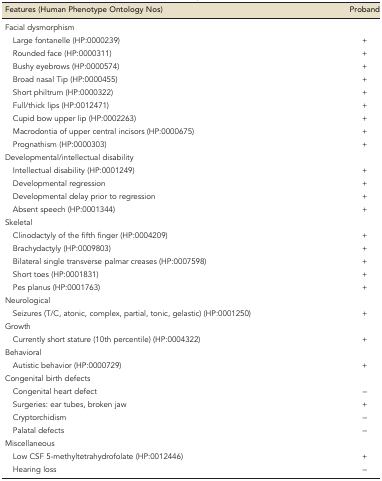
<table><thead><tr><td><b>Features (Human Phenotype Ontology Nos)</b></td><td><b>Proband</b></td></tr></thead><tbody><tr><td colspan="2">Facial dysmorphism</td></tr><tr><td> Large fontanelle (HP:0000239)</td><td>+</td></tr><tr><td> Rounded face (HP:0000311)</td><td>+</td></tr><tr><td> Bushy eyebrows (HP:0000574)</td><td>+</td></tr><tr><td> Broad nasal Tip (HP:0000455)</td><td>+</td></tr><tr><td> Short philtrum (HP:0000322)</td><td>+</td></tr><tr><td> Full/thick lips (HP:0012471)</td><td>+</td></tr><tr><td> Cupid bow upper lip (HP:0002263)</td><td>+</td></tr><tr><td> Macrodontia of upper central incisors (HP:0000675)</td><td>+</td></tr><tr><td> Prognathism (HP:0000303)</td><td>+</td></tr><tr><td colspan="2">Developmental/intellectual disability</td></tr><tr><td> Intellectual disability (HP:0001249)</td><td>+</td></tr><tr><td> Developmental regression</td><td>+</td></tr><tr><td> Developmental delay prior to regression</td><td>+</td></tr><tr><td> Absent speech (HP:0001344)</td><td>+</td></tr><tr><td colspan="2">Skeletal</td></tr><tr><td> Clinodactyly of the fifth finger (HP:0004209)</td><td>+</td></tr><tr><td> Brachydactyly (HP:0009803)</td><td>+</td></tr><tr><td> Bilateral single transverse palmar creases (HP:0007598)</td><td>+</td></tr><tr><td> Short toes (HP:0001831)</td><td>+</td></tr><tr><td> Pes planus (HP:0001763)</td><td>+</td></tr><tr><td colspan="2">Neurological</td></tr><tr><td> Seizures (T/C, atonic, complex, partial, tonic, gelastic) (HP:0001250)</td><td>+</td></tr><tr><td colspan="2">Growth</td></tr><tr><td> Currently short stature (10th percentile) (HP:0004322)</td><td>+</td></tr><tr><td colspan="2">Behavioral</td></tr><tr><td> Autistic behavior (HP:0000729)</td><td>+</td></tr><tr><td colspan="2">Congenital birth defects</td></tr><tr><td> Congenital heart defect</td><td>−</td></tr><tr><td> Surgeries: ear tubes, broken jaw</td><td>+</td></tr><tr><td> Cryptorchidism</td><td>−</td></tr><tr><td> Palatal defects</td><td>−</td></tr><tr><td colspan="2">Miscellaneous</td></tr><tr><td> Low CSF 5-methyltetrahydrofolate (HP:0012446)</td><td>+</td></tr><tr><td> Hearing loss</td><td>−</td></tr></tbody></table>